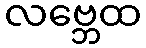
လဗ္ဘေထ